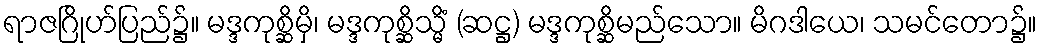
ရာဇဂြိုဟ်ပြည်၌။ မဒ္ဒကုစ္ဆိမှိ၊ မဒ္ဒကုစ္ဆိသ္မိံ (ဆဋ္ဌ) မဒ္ဒကုစ္ဆိမည်သော။ မိဂဒါယေ၊ သမင်တော၌။